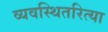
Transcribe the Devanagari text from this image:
व्यवस्थितरित्या